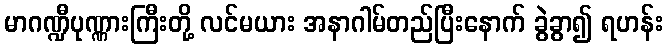
မာဂဏ္ဍီပုဏ္ဏားကြီးတို့ လင်မယား အနာဂါမ်တည်ပြီးနောက် ခွဲခွာ၍ ရဟန်း